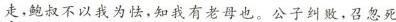
走，鲍叔不以我为怯，知我有老母也。公子纠败，召忽死